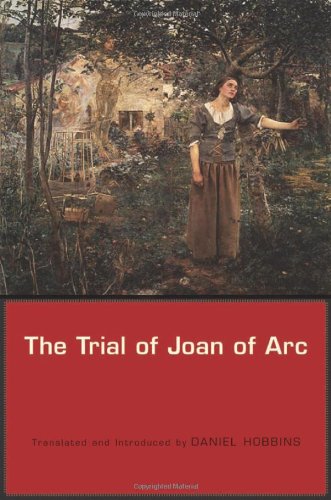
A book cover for The Trial of Joan of Arc; Christian Books & Bibles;